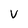
Character: v